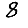
Digit: 8